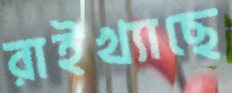
রাইখ্যাছে